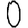
Digit: 0